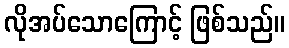
လိုအပ်သောကြောင့် ဖြစ်သည်။